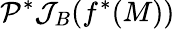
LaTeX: \mathcal{P}^{*}\mathcal{J}_{B}(f^{*}(M))